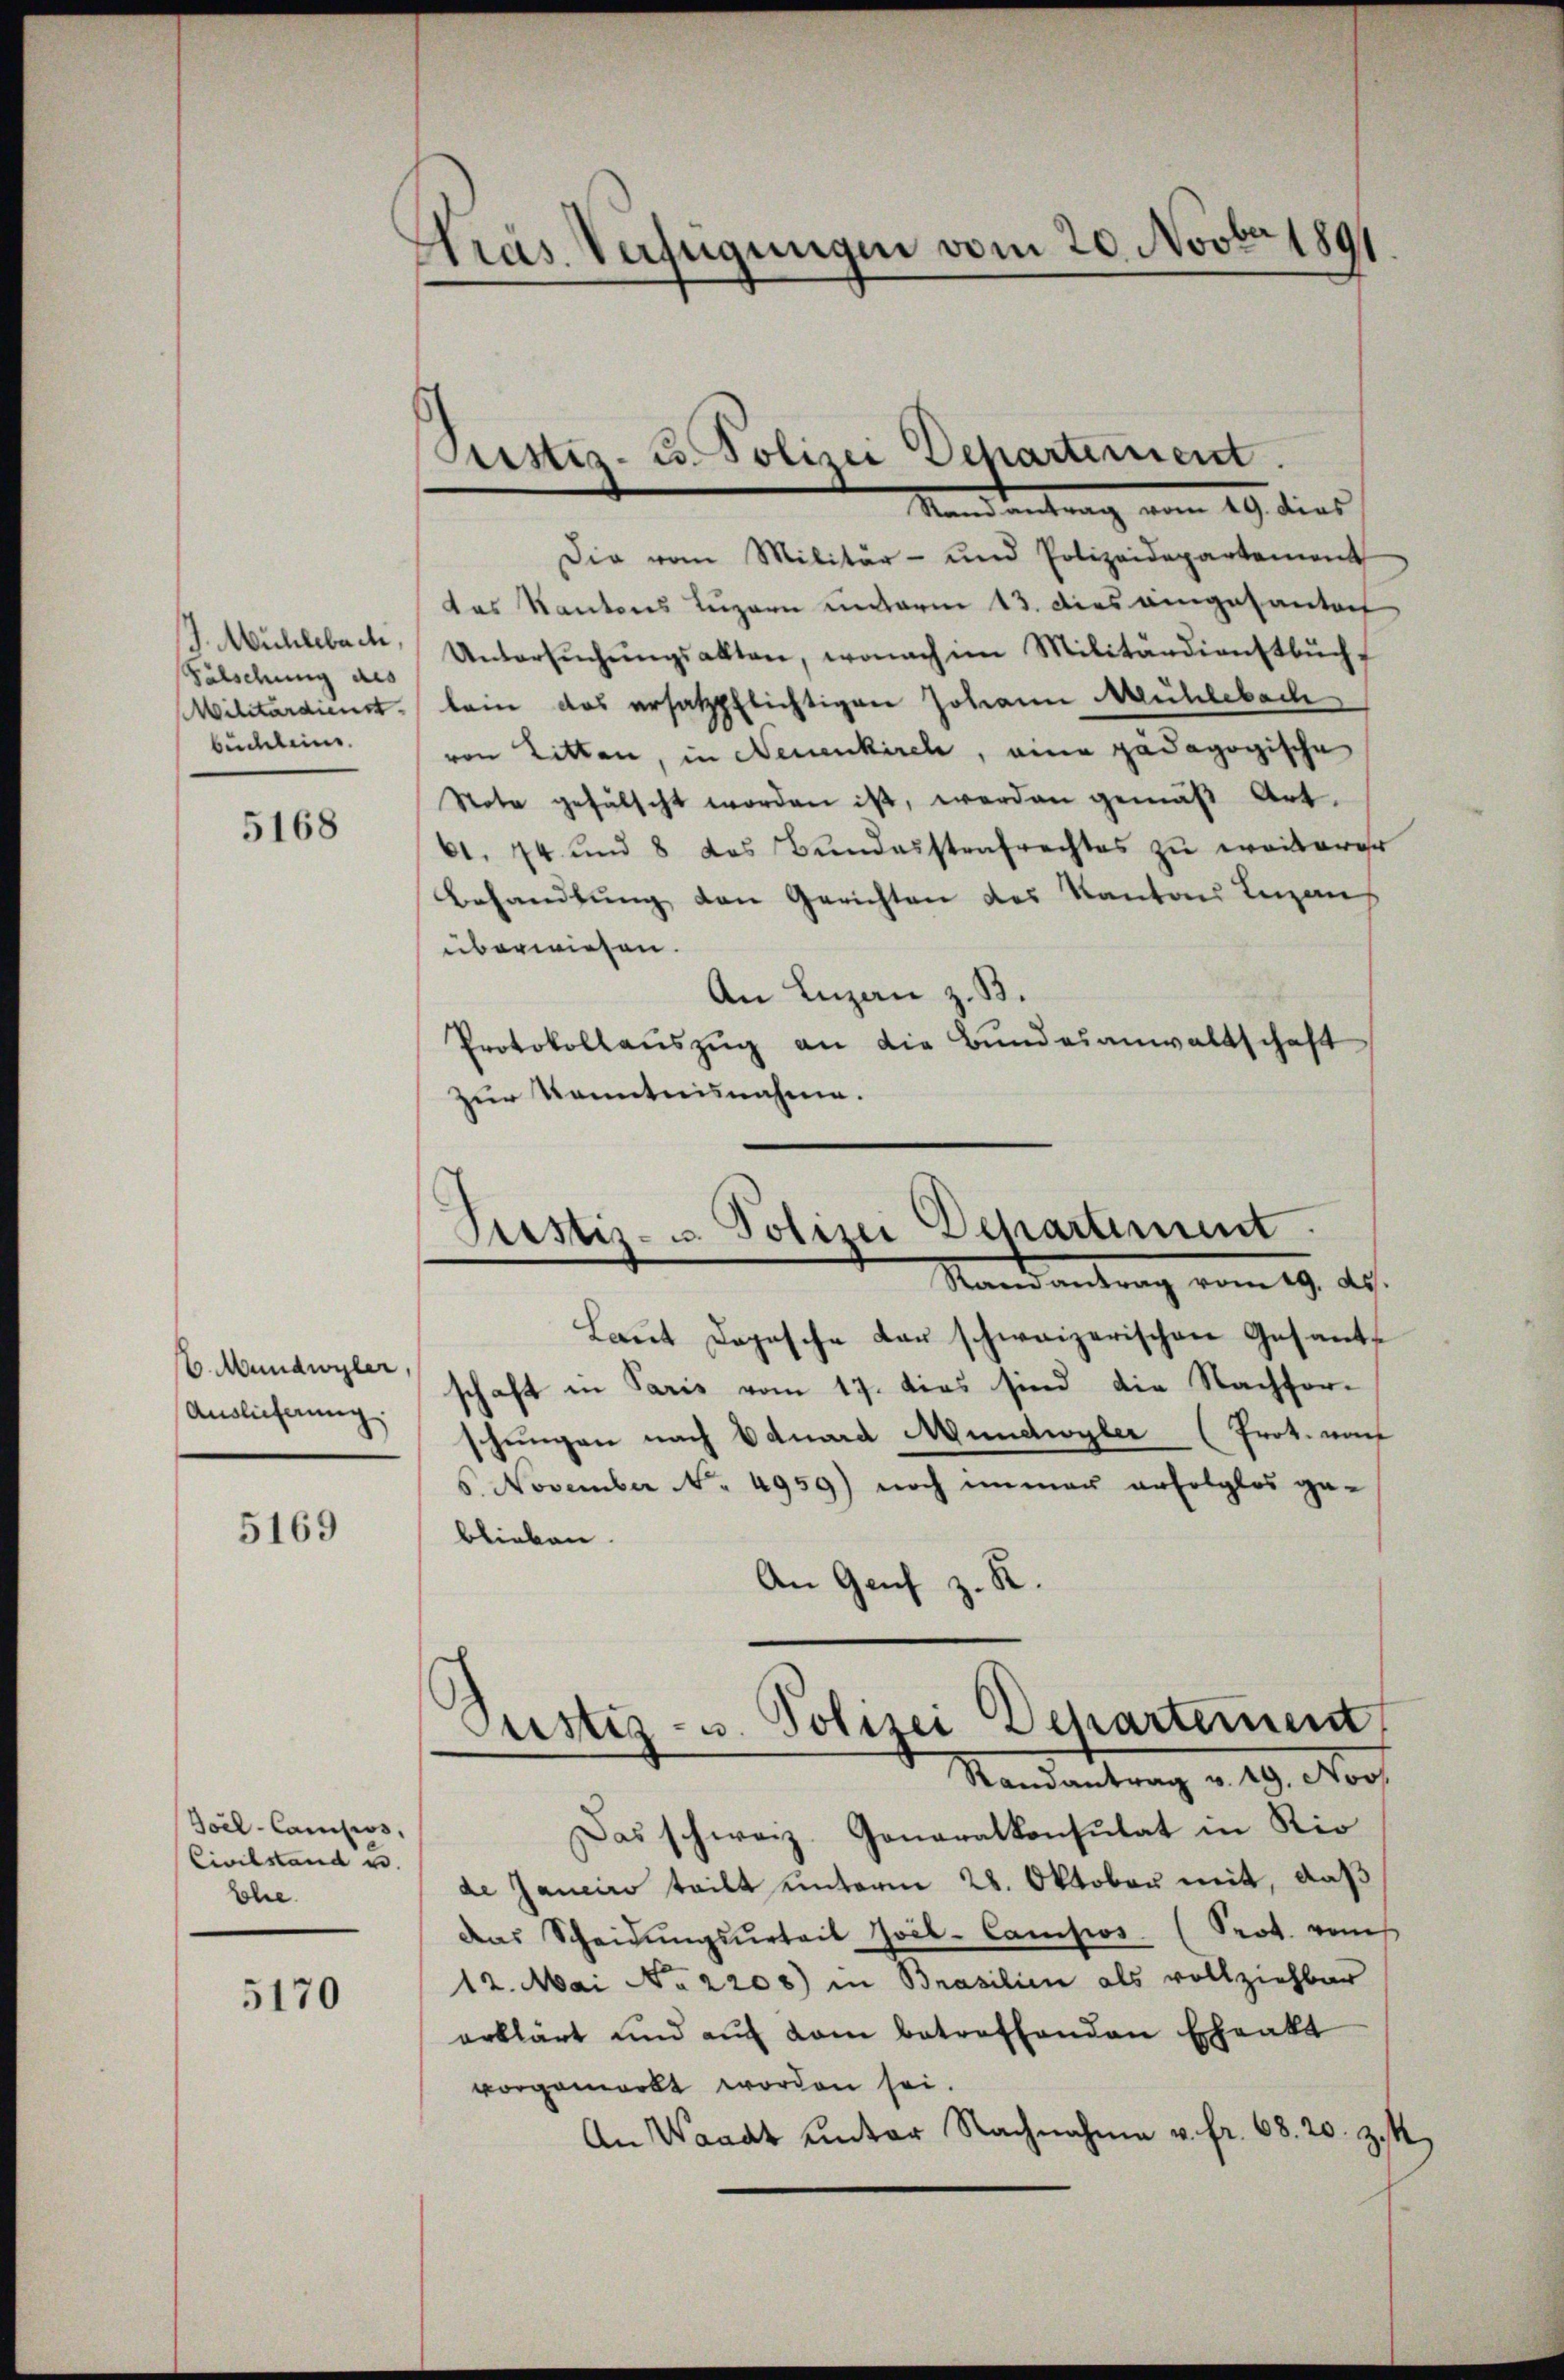
J. Mühleback.
Fälschung als
büchleine.

5168

6. Mundwyler,
Auslieferung.

5169

Soil-Camisiss,
Civilstand u.
she

5170

Kräs. Verfügungen vom 20. Novbr 1891

Die vom Militär- und Polizeidepartement
das Kantons Luzern unterm 13. dies eingesandten
Untersŭchŭngsakten, wonach im Militärdienstbuch
MMilitärdienstlein das ersatzpflichtigen Johann Mühlebach
von Litten, in Neuenkirch, eine pädagogische
Note gefälscht worden ist, werden gemäβ Art.
61. 74 und 8 das Bundesstrafrechtes zu weiterer
Behandlung den Gerichten des Kantons Lezans
überwiesen.
An Luzan z. B.
Protokollaŭszŭg an die Bundesanwaltschaft
zur Kenntnisnahme.

Pustiz- u. Polizei Departement
Mandantrag vom 29. dies

Justiz- u. Polizei Departement.
Randantrag vom 19. ds.

Pustiz- u. Polizei Departement
Randantrag v. 29. Nov

Laut Dopische der schweizerischen Gesantschaft in Paris vom 17. dies sind die Nachforschungen nach Eduard Mundwyler (Prot. noch
6. November No. 4959) noch immer erfolglos ge-
blieben.
An Genf z. R.
Das schweiz. Generalkonsulat in Rio
de Janeiro teilt unterm 28. Oktober mit, daß
das Scheidŭngsŭrteil Zoil-Campios (Prot. von
12. Mai No 2200) in Brasilien als vollziehbar
erklärt und aŭf dem betreffenden Ehrakt
vorgemerkt worden sei.
An Waadt unter Nachnahme v. fr. 68. 20. z.